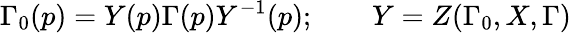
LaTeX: \Gamma_{0}(p)=Y(p)\Gamma(p)Y^{-1}(p);\qquad Y=Z(\Gamma_{0},X,\Gamma)